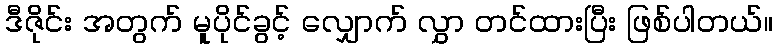
ဒီဇိုင်း အတွက် မူပိုင်ခွင့် လျှောက် လွှာ တင်ထားပြီး ဖြစ်ပါတယ်။